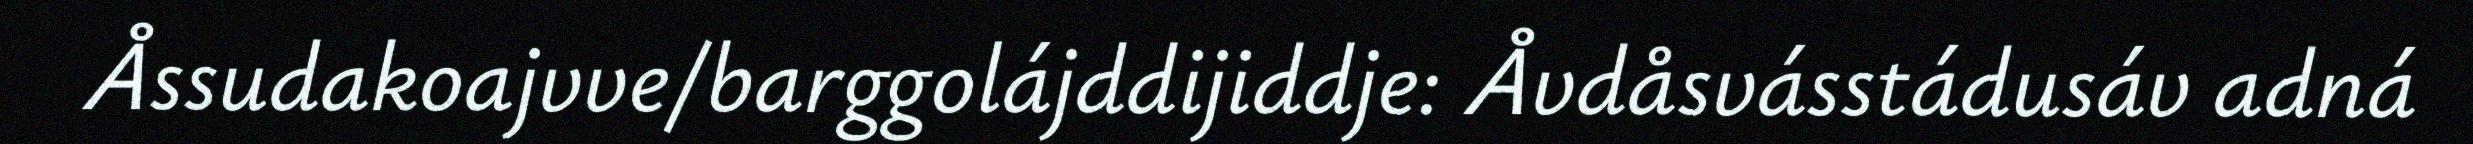
Åssudakoajvve/barggolájddijiddje: Åvdåsvásstádusáv adná